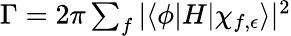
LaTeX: \begin{array}{r}{\Gamma=2\pi\sum_{f}|\langle\phi|H|\chi_{f,\epsilon}\rangle|^{2}}\end{array}